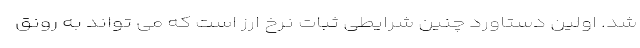
شد. اولین دستاورد چنین شرایطی ثبات نرخ ارز است که می تواند به رونق